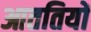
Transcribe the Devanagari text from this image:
आततियों